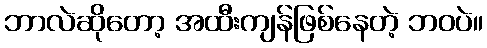
ဘာလဲဆိုတော့ အထီးကျန်ဖြစ်နေတဲ့ ဘဝပဲ။